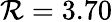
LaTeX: \mathcal{R}=3.70